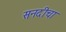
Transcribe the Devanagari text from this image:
सनदीचा